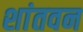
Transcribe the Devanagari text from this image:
शांतवन